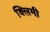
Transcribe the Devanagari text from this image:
क्लिमी